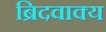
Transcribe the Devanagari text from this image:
ब्रिदवाक्य